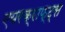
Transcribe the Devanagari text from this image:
एयरक्राफ्ट्स